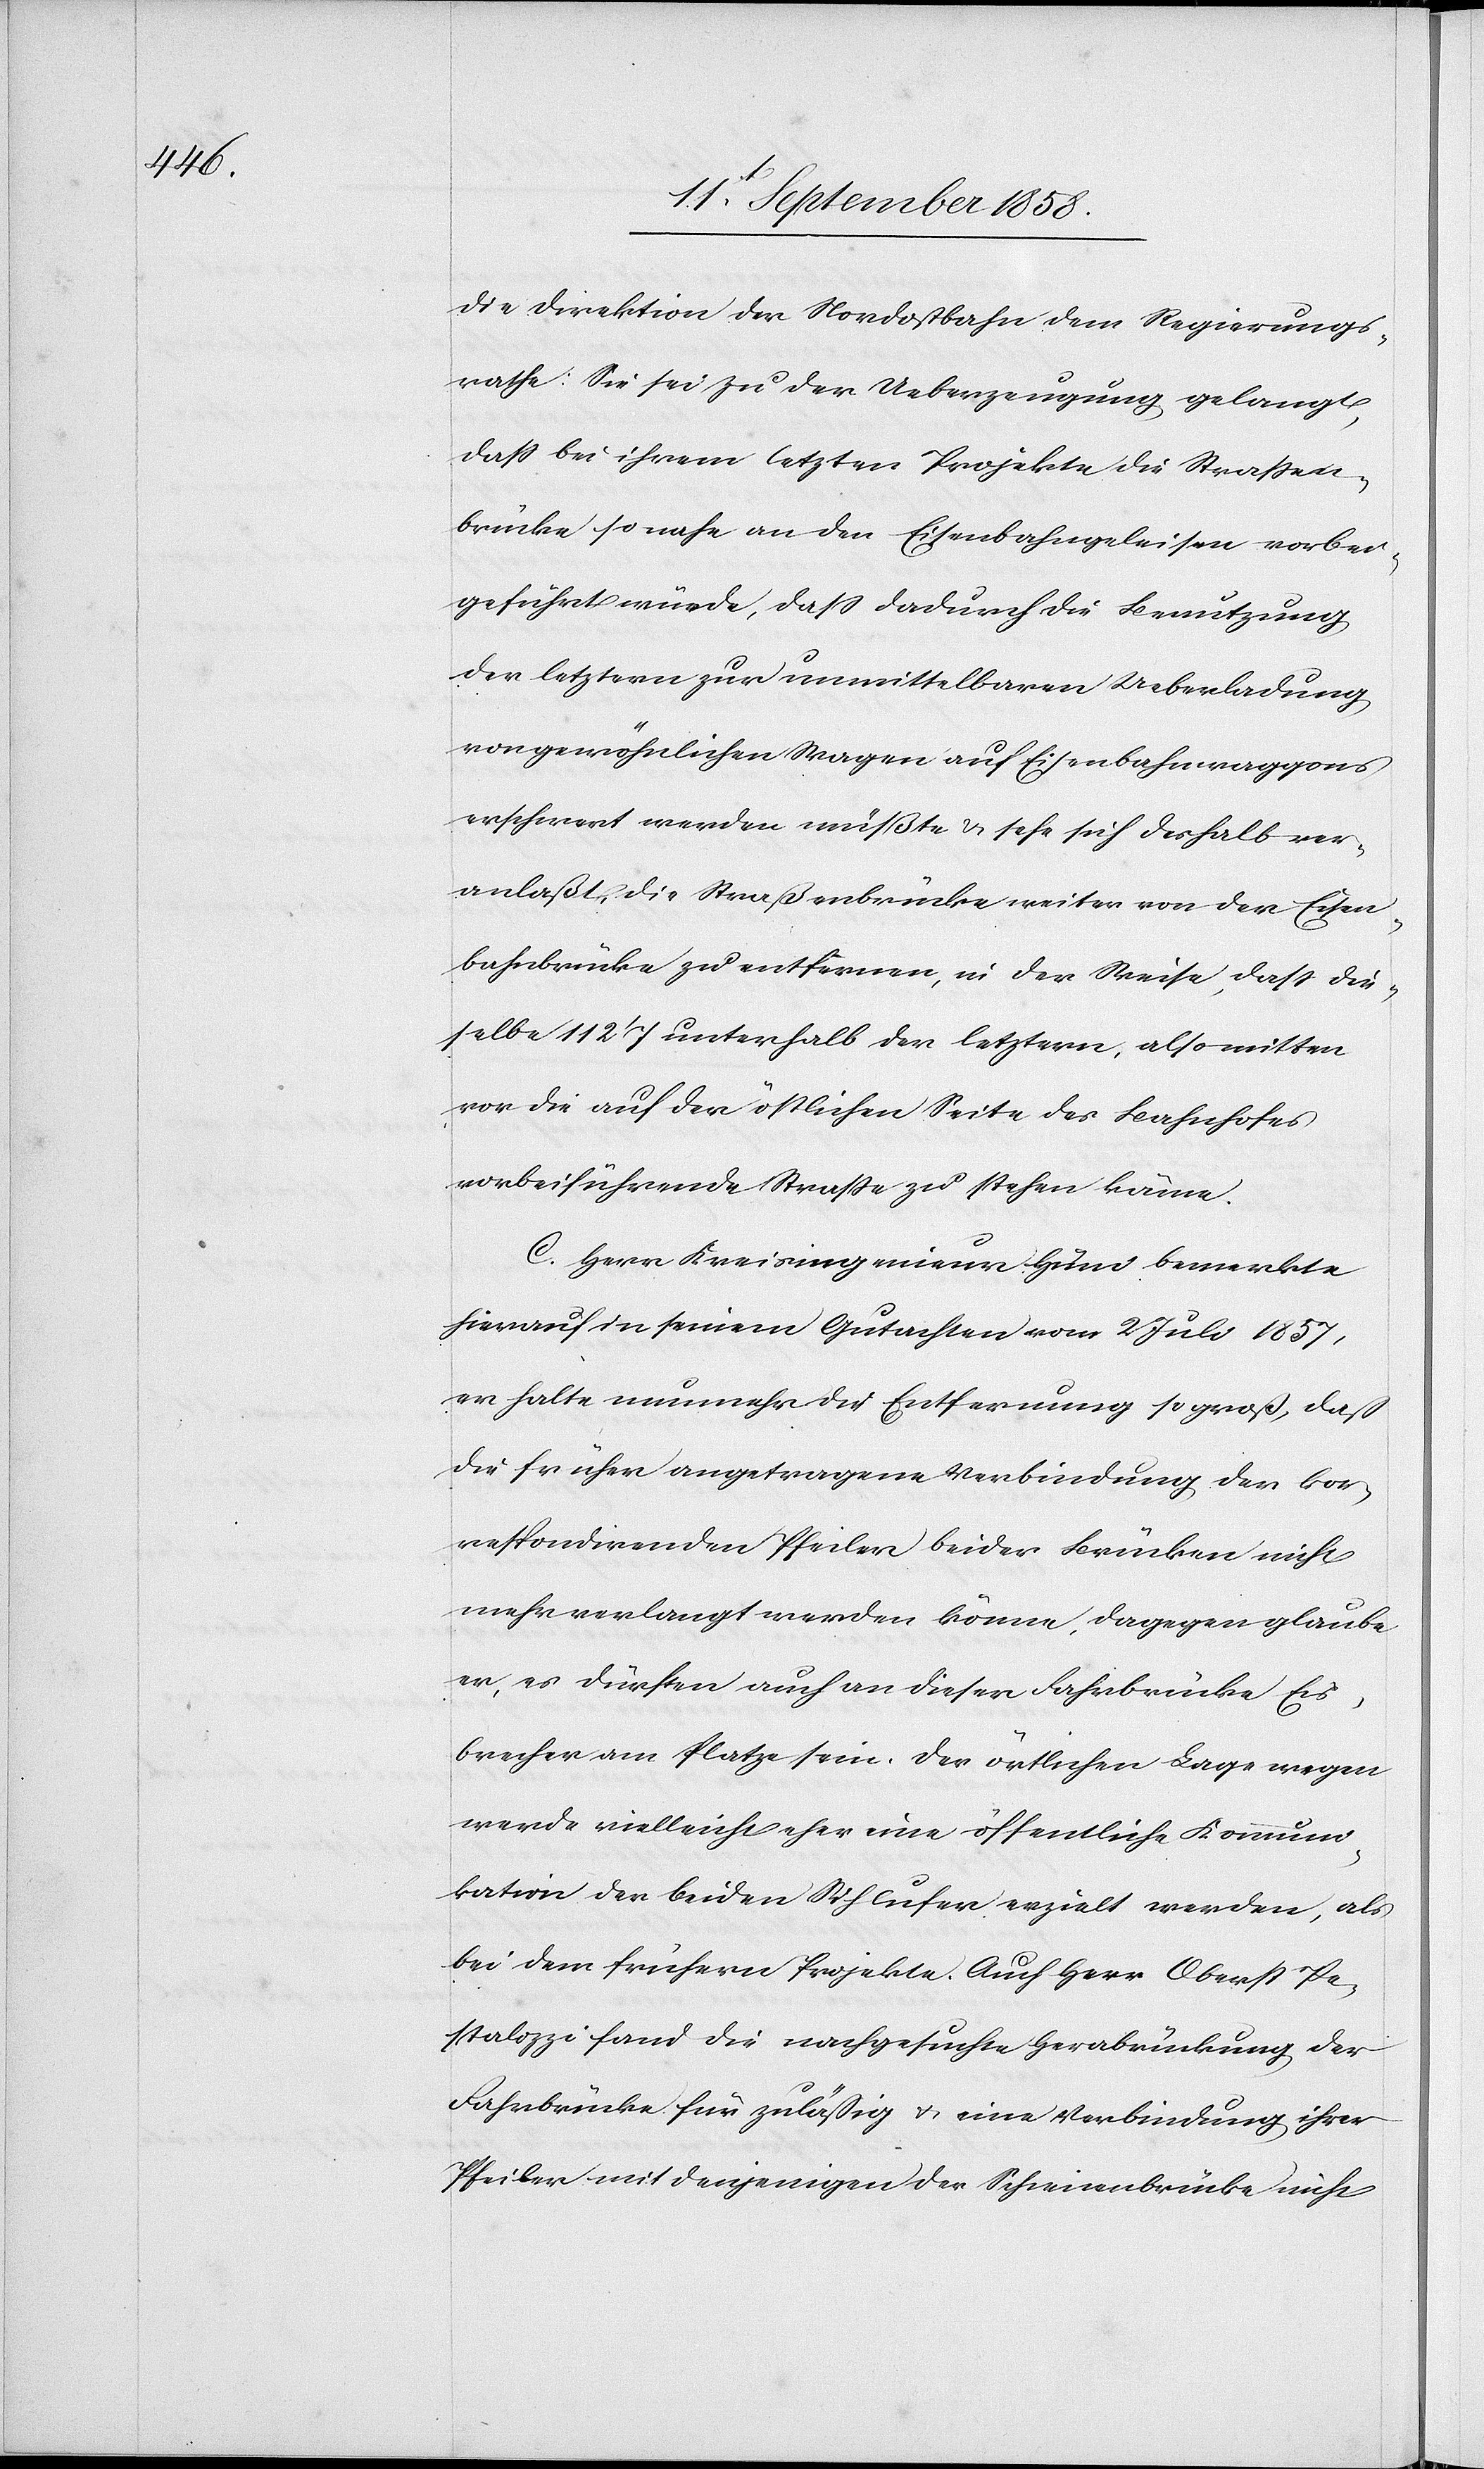
die Direktion der Nordostbahn dem Regierungs¬
rathe: Sie sei zu der Ueberzeugung gelangt,
daß bei ihrem letzten Projekte die Straßen¬
brücke so nahe an den Eisenbahngeleisen vorbei¬
geführt würde, dass dadurch die Benutzung
der letztern zur unmittelbaren Ueberladung
von gewöhnlichen Wagen auf Eisenbahnwaggons
erschwert werden müßte & sehe sich deshalb ver¬
anlaßt, die Straßenbrücke weiter von der Eisen¬
bahnbrücke zu entfernen, in der Weise, dass die¬
selbe 112‘ 7 unterhalb der letztern, also mitten
vor die auf der östlichen Seite des Bahnhofes
vorbeiführende Straße zu stehen käme.
C. Herr Kreisingenieur Hüni bemerkte
hierauf in seinem Gutachten vom 2 Juli 1857,
er halte nunmehr die Entfernung so groß, daß
die früher angetragene Verbindung der kor¬
respondirenden Pfeiler beider Brücken nicht
mehr verlangt werden könne, dagegen glaube
er, es dürften auch an dieser Fahrbrücke Eis¬
brecher am Platze sein. Der örtlichen Lage wegen
werde vielleicht eher eine öffentliche Kommuni¬
kation der beiden Sihlufer erzielt werden, als
bei dem frühern Projekte. Auch Herr Oberst Pe¬
stalozzi fand die nachgesuchte Herabrückung der
Fahrbrücke für zuläßig & eine Verbindung ihrer
Pfeiler mit denjenigen der Schienenbrücke nicht